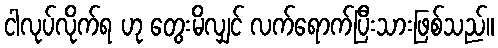
ငါလုပ်လိုက်ရ ဟု တွေးမိလျှင် လက်ရောက်ပြီးသားဖြစ်သည်။